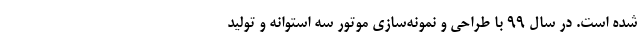
شده است. در سال ۹۹ با طراحی و نمونه‌سازی موتور سه استوانه و تولید